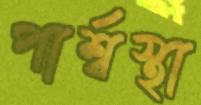
পার্শ্বস্থা